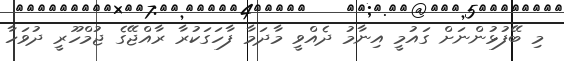
މި ބޭފުޅުންނަށް ގައުމީ އިނާމު ދެެއްވީ މާދަމާ ފާހަގަކުރާ ރާއްޖޭގެ ޖުމްހޫރީ ދުވަހާ